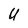
Character: U